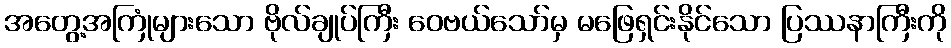
အတွေ့အကြုံများသော ဗိုလ်ချုပ်ကြီး ဝေဗယ်သော်မှ မဖြေရှင်းနိုင်သော ပြဿနာကြီးကို